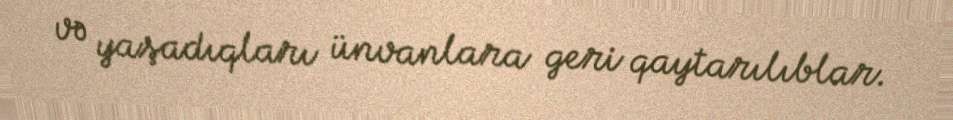
və yaşadıqları ünvanlara geri qaytarılıblar.